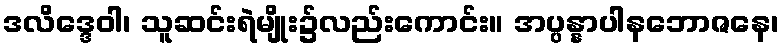
ဒလိဒ္ဒေဝါ၊ သူဆင်းရဲမျိုး၌လည်းကောင်း။ အပ္ပန္နာပါနဘောဇနေ၊